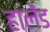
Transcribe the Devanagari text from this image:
हालेंड